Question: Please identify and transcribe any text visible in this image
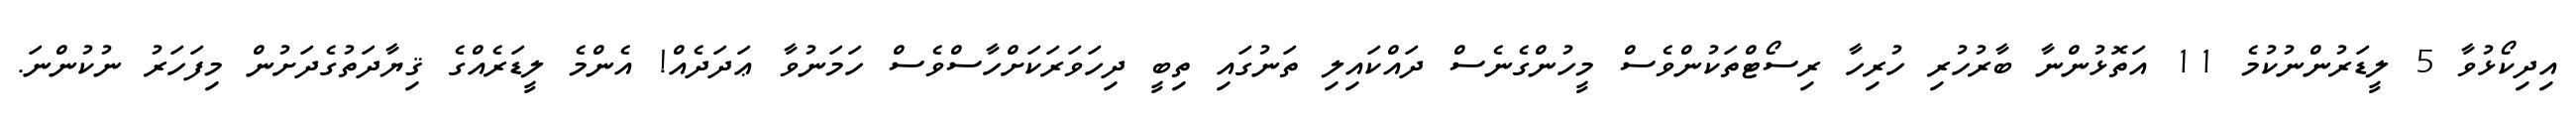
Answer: އިދިކޯޅުވާ 5 ލީޑަރުންނުކުމެ 11 އަތޮޅުންނާ ބާރުހުރި ހުރިހާ ރިސޯޓްތަކުންވެސް މީހުންގެނެސް ދައްކައިލި ތަނުގައި ތިބީ ދިހަވަރަކަށްހާސްވެސް ހަމަނުވާ ޢަދަދެއް! އެންމެ ލީޑަރެއްގެ ޤިޔާދަތުގެދަށުން މިފަހަރު ނުކުންނަ.